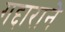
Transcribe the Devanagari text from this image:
गद्दाराने